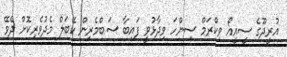
އުރީދޫގެ ސީއީއޯ ވިކްރަމް ސިންހަ ވިދާޅުވީ ފައިބާ ސަބްމެރިން ކޭބަލް މެދުވެރިކޮށް ދެވޭ